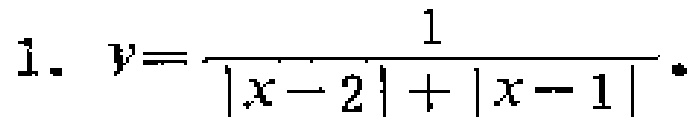
1. \(y = \frac{1}{|x - 2|+|x - 1|}\)